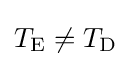
T_{\rm {E}}\neq T_{\rm {D}}